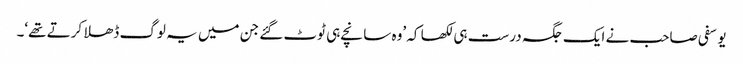
یوسفی صاحب نے ایک جگہ درست ہی لکھا کہ ’وہ سانچے ہی ٹوٹ گئے جن میں یہ لوگ ڈھلا کرتے تھے‘۔